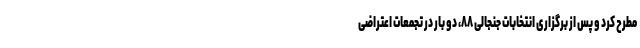
مطرح کرد و پس از برگزاری انتخابات جنجالی ۸۸، دو بار در تجمعات اعتراضی